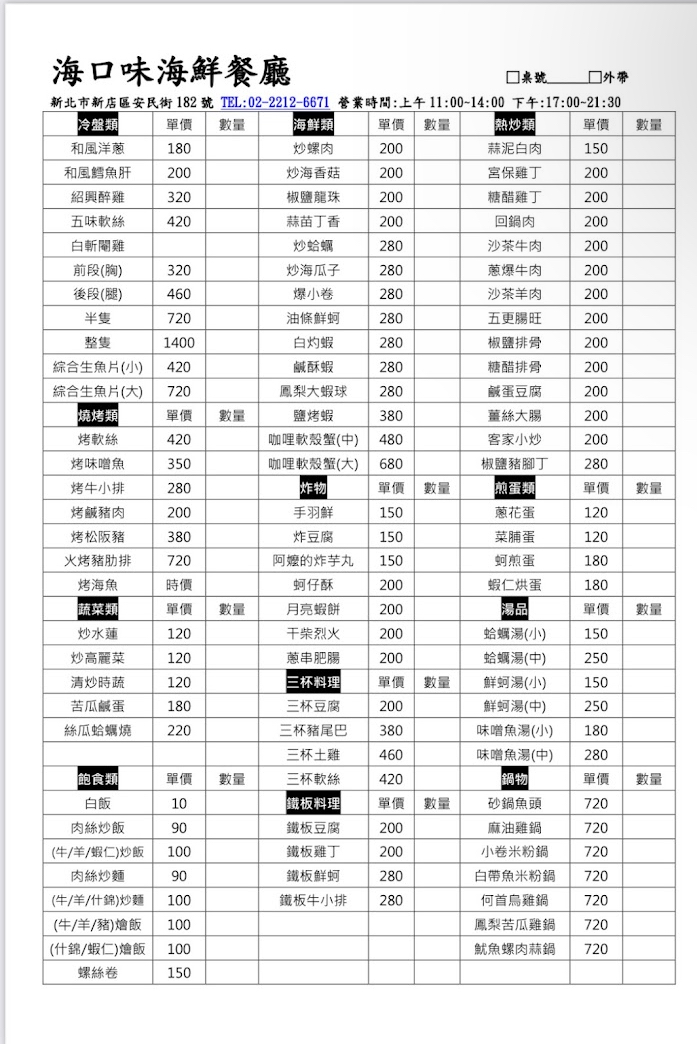
餐廳：海口味海鮮餐廳
地址：新北市新店區安民街182號
電話：02-2212-6671
營業時間：上午11:00-14:00下午17:00-21:30
菜單：
name: 和風洋蔥
price: 180
name: 炒螺肉
price: 200
name: 蒜泥白肉
price: 150
name: 和風鱈魚肝
price: 200
name: 炒海香菇
price: 200
name: 宮保雞丁
price: 200
name: 紹興醉雞
price: 320
name: 椒鹽龍珠
price: 200
name: 糖醋雞丁
price: 200
name: 五味軟絲
price: 420
name: 蒜苗丁香
price: 200
name: 回鍋肉
price: 200
name: 白斬閹雞
price: -1
name: 炒蛤蜩
price: 280
name: 沙茶牛肉
price: 200
name: 前段(胸)
price: 320
name: 炒海瓜子
price: 280
name: 蔥爆牛肉
price: 200
name: 後段(腿)
price: 460
name: 爆小卷
price: 280
name: 沙茶羊肉
price: 200
name: 半隻
price: 720
name: 油條鮮蚵
price: 280
name: 五更腸旺
price: 200
name: 整隻
price: 1400
name: 白灼蝦
price: 280
name: 椒鹽排骨
price: 200
name: 綜合生魚片(小)
price: 420
name: 鹹酥蝦
price: 280
name: 糖醋排骨
price: 200
name: 綜合生魚片(大)
price: 720
name: 鳳梨大蝦球
price: 280
name: 鹹蛋豆腐
price: 200
name: 鹽烤蝦
price: 380
name: 薑絲大腸
price: 200
name: 烤軟絲
price: 420
name: 咖哩款殼蟹(中)
price: 480
name: 客家小炒
price: 200
name: 烤味噌魚
price: 350
name: 咖哩軟殼蟹(大)
price: 680
name: 椒鹽豬腳丁
price: 280
name: 烤牛小排
price: 280
name: 烤飯豬肉
price: 200
name: 手羽鮮
price: 150
name: 蔥花蛋
price: 120
name: 烤松阪豬
price: 380
name: 炸豆腐
price: 150
name: 菜脯蛋
price: 120
name: 火烤豬肋排
price: 720
name: 阿嬤的炸芋丸
price: 150
name: 蚵煎蛋
price: 180
name: 烤海魚
price: -1
name: 蚵仔酥
price: 200
name: 蝦仁烘蛋
price: 180
name: 月亮蝦餅
price: 200
name: 炒水蓮
price: 120
name: 干柴烈火
price: 200
name: 蛤蠣湯(小)
price: 150
name: 炒高麗菜
price: 120
name: 蔥串肥腸
price: 200
name: 蛤蠣湯(中)
price: 250
name: 淸炒時蔬
price: 120
name: 鮮蚵湯(小)
price: 150
name: 苦瓜鹹蛋
price: 180
name: 鮮蚵湯(中)
price: 250
name: 絲瓜蛤蠣燒
price: 220
name: 味噌魚湯(小)
price: 180
name: 三杯豆腐
price: 200
name: 味噌魚湯(中)
price: 280
name: 三杯豬尾巴
price: 380
name: 三杯土雞
price: 460
name: 三杯軟絲
price: 420
name: 白飯
price: 10
name: 砂鍋魚頭
price: 720
name: 鐵板豆腐
price: 200
name: 麻油雞鍋
price: 720
name: 鐵板雞丁
price: 200
name: 小卷米粉鍋
price: 720
name: 鐵板鮮蚵
price: 280
name: 白帶魚米粉鍋
price: 720
name: 鐵板牛小排
price: 280
name: 何首烏雞鍋
price: 720
name: 肉絲炒飯
price: 90
name: 鳳梨苦瓜雞鍋
price: 720
name: (牛/羊/蝦仁)炒飯
price: 100
name: 魷魚螺肉蒜鍋
price: 720
name: 肉絲炒麵
price: 90
name: (牛/羊/什錦)炒麵
price: 100
name: (牛/羊/豬)燴飯
price: 100
name: (什錦/蝦仁)燴飯
price: 100
name: 螺絲卷
price: 150